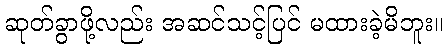
ဆုတ်ခွာဖို့လည်း အဆင်သင့်ပြင် မထားခဲ့မိဘူး။